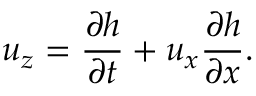
u _ { z } = \frac { \partial h } { \partial t } + u _ { x } \frac { \partial h } { \partial x } .